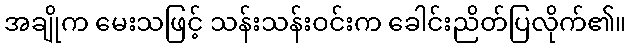
အချိုက မေးသဖြင့် သန်းသန်းဝင်းက ခေါင်းညိတ်ပြလိုက်၏။